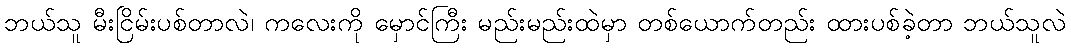
ဘယ်သူ မီးငြိမ်းပစ်တာလဲ၊ ကလေးကို မှောင်ကြီး မည်းမည်းထဲမှာ တစ်ယောက်တည်း ထားပစ်ခဲ့တာ ဘယ်သူလဲ